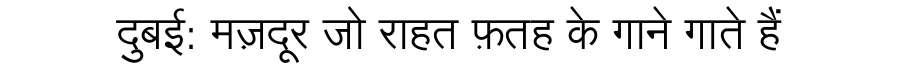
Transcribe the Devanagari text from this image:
दुबई: मज़दूर जो राहत फ़तह के गाने गाते हैं